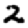
Digit: 2